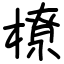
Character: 橑